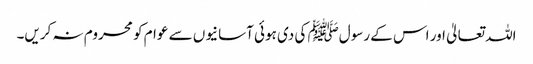
اللہ تعالیٰ اور اس کے رسولﷺ کی دی ہوئی آسانیوں سے عوام کو محروم نہ کریں۔